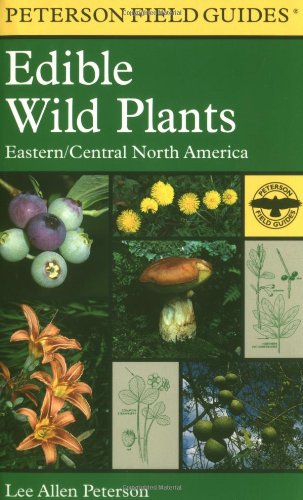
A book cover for A Field Guide to Edible Wild Plants: Eastern and central North America (Peterson Field Guides); Lee Allen Peterson; Science & Math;